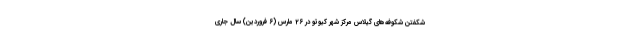
شکفتن شکوفه‌های گیلاس مرکز شهر کیوتو در 26 مارس (6 فروردین) سال جاری